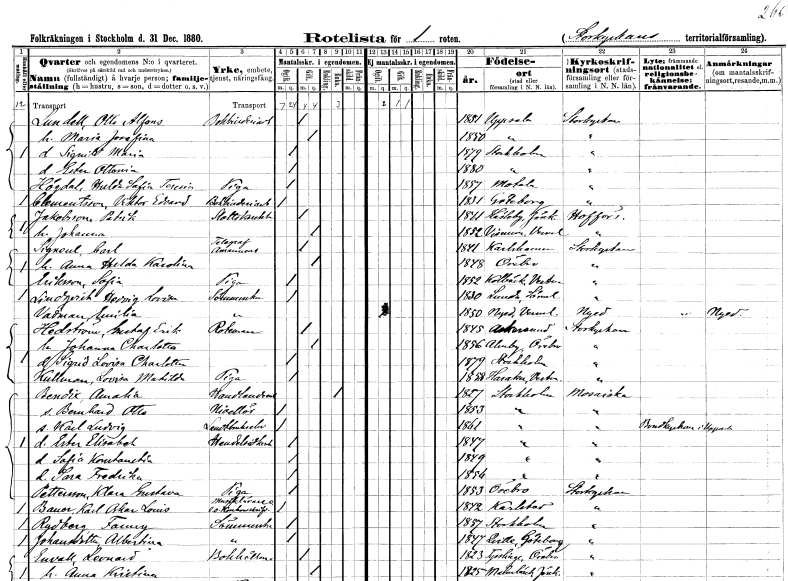
gt_parse: households: individuals: FN: Otto Alfons
EN: Lundell
YRKE: Bokbinderiarbetare
KON: M
CIV: G
FODAR: 1851
FODFORS: Uppsala Uppsala län
FN: Maria Josefina
KON: K
CIV: G
FODAR: 1850
FODFORS: Uppsala Uppsala län
FN: Signild Maria
KON: K
CIV: O
FODAR: 1879
FODFORS: Stockholm
FN: Ester Ottonia
KON: K
CIV: O
FODAR: 1880
FODFORS: Stockholm
FN: Hulda Sofia Teresia
EN: Högdal
YRKE: Piga
KON: K
CIV: O
FODAR: 1857
FODFORS: Motala Östergötlands län
FN: Viktor Edvard
EN: Clementsson
YRKE: Bokbinderiarbetare
KON: M
CIV: O
FODAR: 1831
FODFORS: Göteborg Göteborgs- och Bohuslän
FN: Patrik
EN: Jakobsson
YRKE: Slottsknekt
KON: M
CIV: G
FODAR: 1861
FODFORS: Hässleby Jönköpings län
FN: Johanna
KON: K
CIV: G
FODAR: 1852
FODFORS: Visnum Värmlands län
FN: Carl
EN: Signeul
YRKE: Telegrafamanuens
KON: M
CIV: G
FODAR: 1841
FODFORS: Karlshamn Blekinge län
FN: Anna Hilda Karolina
KON: K
CIV: G
FODAR: 1848
FODFORS: Örebro Örebro län
FN: Sofia
EN: Eriksson
YRKE: Piga
KON: K
CIV: O
FODAR: 1852
FODFORS: Kolbäck Västmanlands län
FN: Hedvig Lovisa
EN: Lindqvist
YRKE: Sömmerska
KON: K
CIV: O
FODAR: 1830
FODFORS: Lunda Södermanlands län
FN: Emilia
EN: Vadman
YRKE: Sömmerska
KON: K
CIV: O
FODAR: 1850
FODFORS: Nyed Värmlands län
FN: Gustaf Erik
EN: Hedström
YRKE: Roteman
KON: M
CIV: G
FODAR: 1845
FODFORS: Askersund Örebro län
FN: Johanna Charlotta
KON: K
CIV: G
FODAR: 1856
FODFORS: Almby Örebro län
FN: Sigrid Lovisa Charlotta
KON: K
CIV: O
FODAR: 1879
FODFORS: Stockholm
FN: Lovisa Matilda
EN: Kullman
YRKE: Piga
KON: K
CIV: O
FODAR: 1858
FODFORS: Haraker Västmanlands län
FN: Amalia
EN: Bendix
YRKE: Handlandeänka
KON: K
CIV: E
FODAR: 1827
FODFORS: Stockholm
FN: Bernhard Otto
YRKE: Nivellör
KON: M
CIV: O
FODAR: 1853
FODFORS: Stockholm
FN: Karl Ludvig
YRKE: Lantbrukselev
KON: M
CIV: O
FODAR: 1861
FODFORS: Stockholm
FN: Ester Elisabet
YRKE: Handelsidkerska
KON: K
CIV: O
FODAR: 1847
FODFORS: Stockholm
FN: Sofia Konstantia
KON: K
CIV: O
FODAR: 1849
FODFORS: Stockholm
FN: Sara Fredrika
KON: K
CIV: O
FODAR: 1856
FODFORS: Stockholm
FN: Klara Gustava
EN: Pettersson
YRKE: Piga
KON: K
CIV: O
FODAR: 1853
FODFORS: Örebro Örebro län